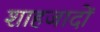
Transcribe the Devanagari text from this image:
शाहजादों